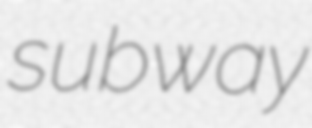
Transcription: subway